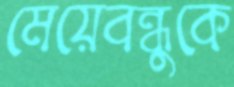
মেয়েবন্ধুকে